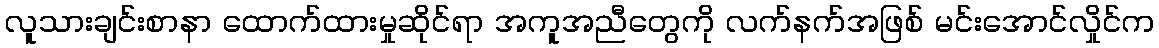
လူသားချင်းစာနာ ထောက်ထားမှုဆိုင်ရာ အကူအညီတွေကို လက်နက်အဖြစ် မင်းအောင်လှိုင်က